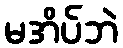
မအိပ်ဘဲ